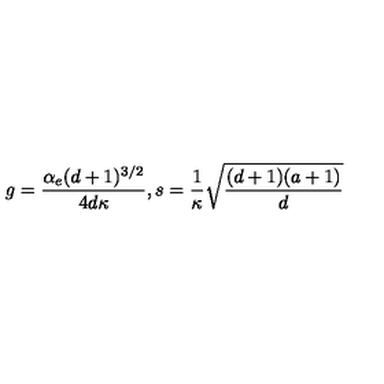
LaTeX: g = { \frac { \alpha _ { e } ( d + 1 ) ^ { 3 / 2 } } { 4 d \kappa } } , s = { \frac { 1 } { \kappa } } { \sqrt { \frac { ( d + 1 ) ( a + 1 ) } { d } } }